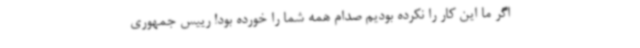
اگر ما این کار را نکرده بودیم صدام همه شما را خورده بود! رییس‌ جمهوری